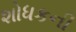
શોધકની